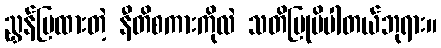
ညွှန်ပြထားတဲ့ နီတိစကားကိုလဲ သတိပြုမိပါတယ်ဘုရား။